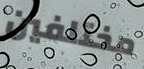
مختلفين